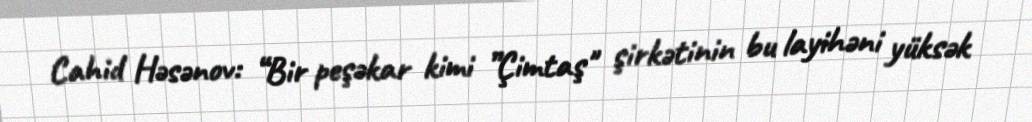
Cahid Həsənov: “Bir peşəkar kimi ”Çimtaş" şirkətinin bu layihəni yüksək